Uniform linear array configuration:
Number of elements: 12
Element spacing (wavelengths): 0.25
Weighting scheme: blackman
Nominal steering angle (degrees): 0
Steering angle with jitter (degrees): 1.265
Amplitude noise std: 0.05
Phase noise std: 0.05

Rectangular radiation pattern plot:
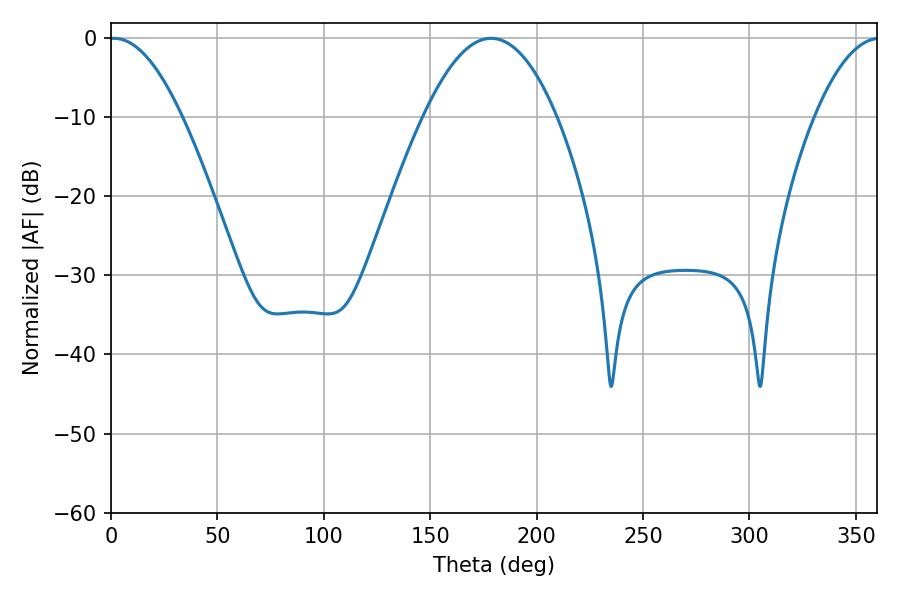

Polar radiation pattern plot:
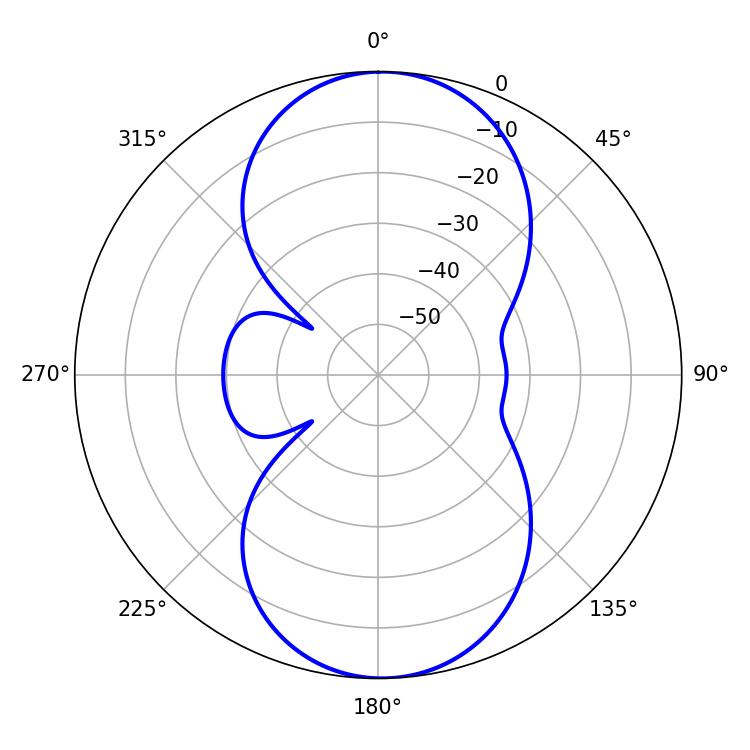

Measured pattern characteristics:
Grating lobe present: FALSE
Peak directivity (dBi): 17.063
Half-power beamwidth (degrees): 18.72
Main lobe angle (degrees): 1.44